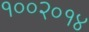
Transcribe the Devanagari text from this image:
१००२०१४